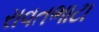
રાવતભાટા